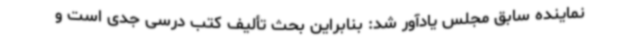
نماینده سابق مجلس یادآور شد: بنابراین بحث تألیف کتب درسی جدی است و